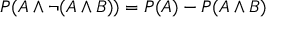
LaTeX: P ( A \land \neg ( A \land B ) ) = P ( A ) - P ( A \land B )